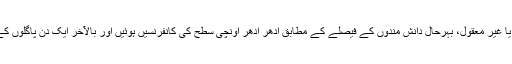
معلوم نہیں یہ بات معقول تھی یا غیر معقول، بہرحال دانش مندوں کے فیصلے کے مطابق اِدھر اُدھر اُونچی سطح کی کانفرنسیں ہوئیں اور بالآخر ایک دن پاگلوں کے تبادلے کے لئے مقرر ہوگیا۔